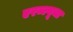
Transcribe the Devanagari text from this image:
एरब्ल्यूचा